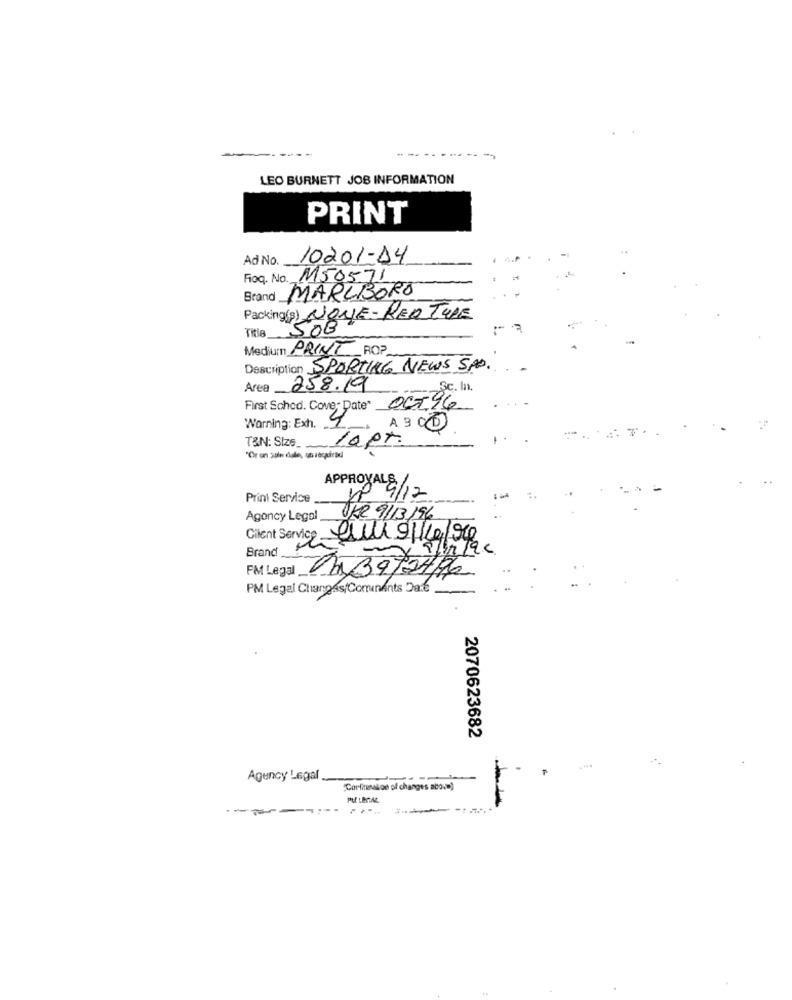
--
LEO BURNETT JOB INFORMATION
PRINT
Ad No.
10201-14
Fioq. No. M50571
Brand MARLBORO
Packing(s) NOME-RED TURE
Title
50B
Medium PRINT ROP
Description SPORTING NEWS SPP.
Area
258.19
Sc. In.
First Schod. Cover Date* OCT16
Warning: Exh. 9
A B CD
TEN: Size_
"Or on sule dale, unrequired
APPROVALS
Print Service
nº 9/12
Agency Legal
OKR 9/13/96
Client Service au1 0/10/94
Brand
FM Legal 0339/24/76
PM Legal Changes/CominAnts Date
2070623682
Agency Legal
Confirmation of change
-
.....